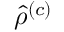
\hat { \rho } ^ { \left( c \right) }